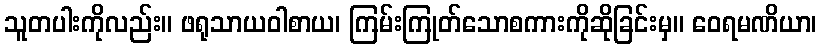
သူတပါးကိုလည်း။ ဖရုသာယဝါစာယ၊ ကြမ်းကြုတ်သောစကားကိုဆိုခြင်းမှ။ ဝေရမဏိယာ၊